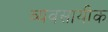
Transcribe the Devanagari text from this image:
व्यवसायीक